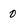
Character: 0